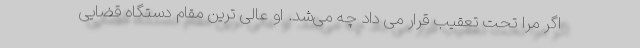
اگر مرا تحت تعقیب قرار می داد چه می‌شد. او عالی ترین مقام دستگاه قضایی